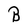
Character: B